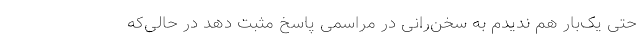
حتی یک‌بار هم ندیدم به سخن‌رانی در مراسمی پاسخ مثبت دهد در حالی‌که